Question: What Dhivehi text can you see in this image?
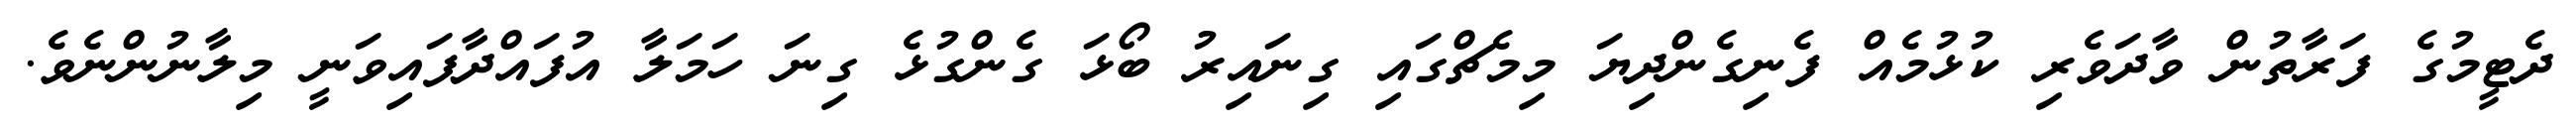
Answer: ދެޓީމުގެ ފަރާތުން ވާދަވެރި ކުޅުމެއް ފެނިގެންދިޔަ މިމެޗްގައި ގިނައިރު ބޯޅަ ގެންގުޅެ ގިނަ ހަމަލާ އުފައްދާފައިވަނީ މިލާނުންނެވެ.